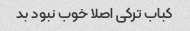
کباب ترکی اصلا خوب نبود بد